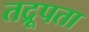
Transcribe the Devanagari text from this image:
तद्रूपता